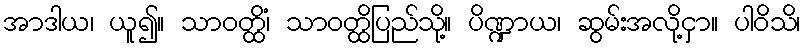
အာဒါယ၊ ယူ၍။ သာဝတ္ထိံ၊ သာဝတ္ထိပြည်သို့။ ပိဏ္ဍာယ၊ ဆွမ်းအလို့ငှာ။ ပါဝိသိ၊